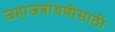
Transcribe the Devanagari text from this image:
जहाजबांधणीसाठी